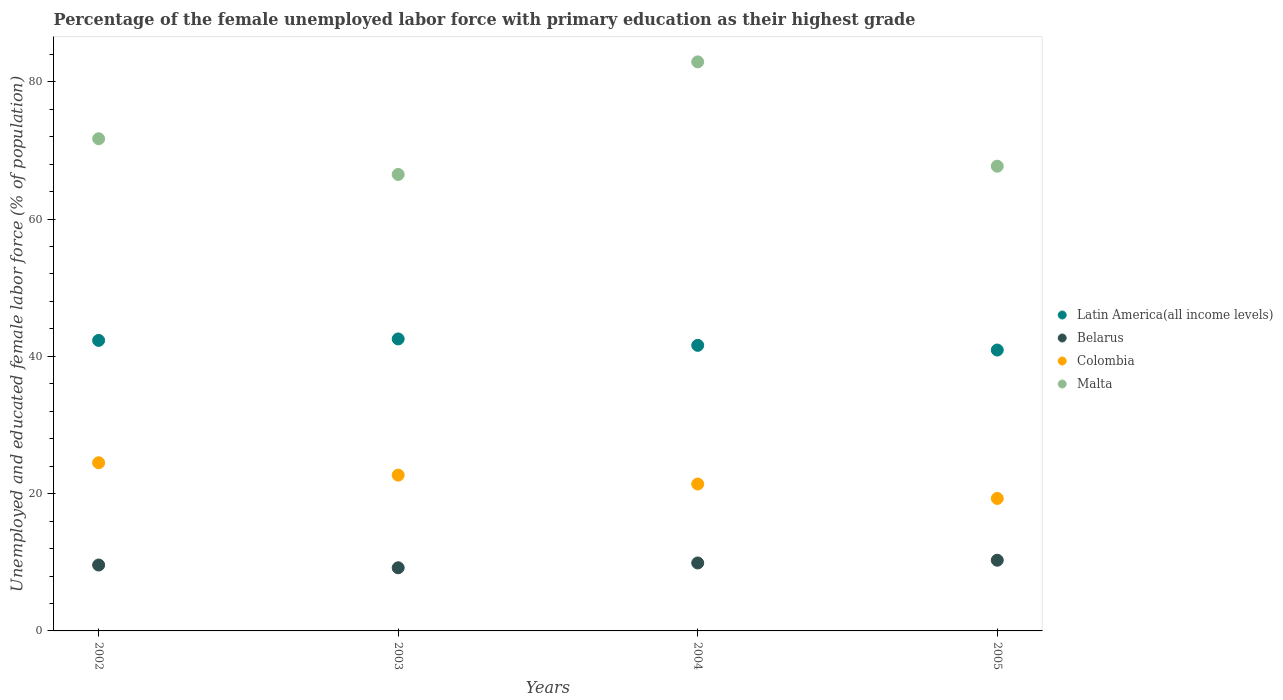
| Years | Latin America(all income levels) | Belarus | Colombia | Malta |
 | --- | --- | --- | --- | --- |
 | 2002 | 42.3 | 9.6 | 24.5 | 71.7 |
 | 2003 | 42.5 | 9.2 | 22.7 | 66.5 |
 | 2004 | 41.6 | 9.9 | 21.4 | 82.9 |
 | 2005 | 40.9 | 10.3 | 19.3 | 67.7 |